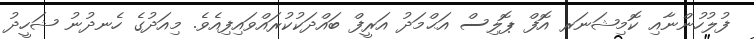
ފުލުހުންނާއި ކޮމިޝަނަރ އޮފް ޕޮލިސް އަޙްމަދު އަރީފް ބައްދަކުކުރައްވައިފިއެވެ. މިއަދުގެ ހެނދުނު ޝަހީދު